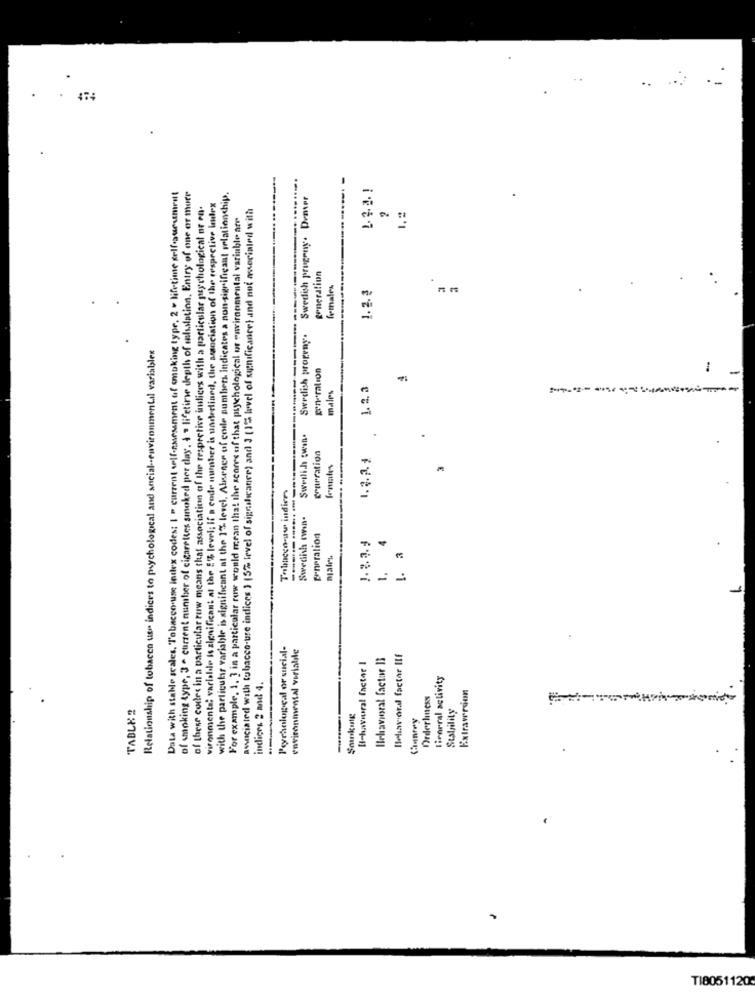
..
17.11
Data with stable scales, Tobacco-use index codes: I " current self-assessment of onoking type. 2 - lifetime colloqueumrt
of smoking type, 3 . current number of cigarettes smoked per day. I . lifetirse depth of malsstation. Entry of one or more
with the particular variable is significant at the 1% level, Alneser of code numbers indicates a non-significant relationchip.
Swedish prugeny. Demer
of these codes in a particular ruw means that association of the respective indices with a particular psychological or ca.
vironmenta; variable is significant at the 5'% level; il a code number is underlined, the association of the respective budex
associated with tobacco-ure indices } (5%- level of significance) and 3 (1% level of significance) and not asocialed with
1. 2
For example, 1. 3 in a particular ronwe would mean that the scores of that psychological of environmental variable arr
generation
females
1.2.3
Swedish progray.
Relationship of tobacco use indices to psychological and social-environmental variables
gen-mlion
males
1.2. 3
Swedish twin.
grurration
1.2.2.1
Tabacco-aw indices
Swedish twins.
generation
!. :
1.
Peyraological or sucial-
environmental veriable
Behavioral factor 13
Behavioral factor IIf
HI-haviral factor I
liverral activity
indices 2 and 4.
Extraversion
Orderliness
TABLE2
Stataility
-
TI8051120